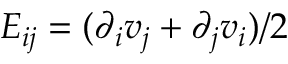
E _ { i j } = ( \partial _ { i } v _ { j } + \partial _ { j } v _ { i } ) / 2